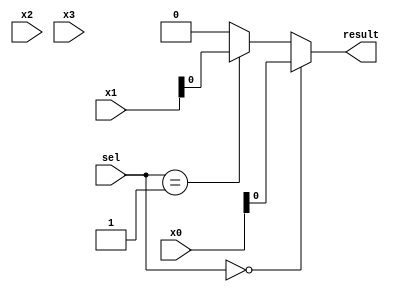
module mux4(
	input [31:0] x0,
	input [31:0] x1,
	input [31:0] x2,
	input [31:0] x3,
	input [1:0] sel,
	output result
    );
	assign result = (sel == 1'b00) ? x0 : 
						(sel == 1'b01) ? x1 :
						(sel == 1'b10) ? x2 :
						(sel == 1'b11) ? x3 :
						32'h0000_0000; //error

endmodule